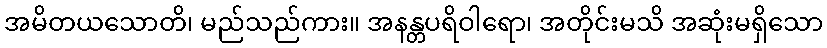
အမိတယသောတိ၊ မည်သည်ကား။ အနန္တပရိဝါရော၊ အတိုင်းမသိ အဆုံးမရှိသော